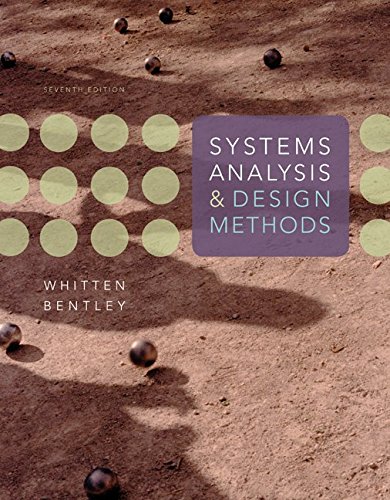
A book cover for Systems Analysis and Design Methods; Jeffrey Whitten; Computers & Technology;